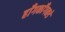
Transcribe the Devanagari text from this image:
हाँगकाँगकडे